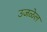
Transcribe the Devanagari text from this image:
उजळेल